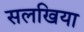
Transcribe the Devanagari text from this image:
सलखिया